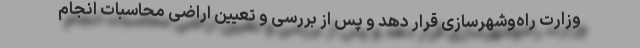
وزارت راه‌وشهرسازی قرار دهد و پس از بررسی و تعیین اراضی محاسبات انجام